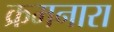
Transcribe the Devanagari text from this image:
क्रमनारा